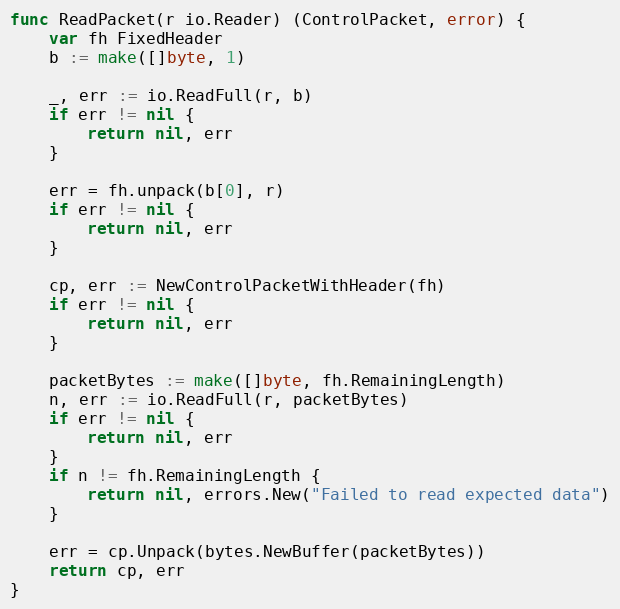
Language: Go
func ReadPacket(r io.Reader) (ControlPacket, error) {
	var fh FixedHeader
	b := make([]byte, 1)

	_, err := io.ReadFull(r, b)
	if err != nil {
		return nil, err
	}

	err = fh.unpack(b[0], r)
	if err != nil {
		return nil, err
	}

	cp, err := NewControlPacketWithHeader(fh)
	if err != nil {
		return nil, err
	}

	packetBytes := make([]byte, fh.RemainingLength)
	n, err := io.ReadFull(r, packetBytes)
	if err != nil {
		return nil, err
	}
	if n != fh.RemainingLength {
		return nil, errors.New("Failed to read expected data")
	}

	err = cp.Unpack(bytes.NewBuffer(packetBytes))
	return cp, err
}